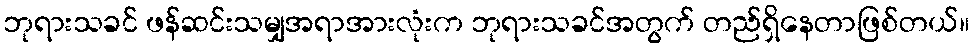
ဘုရားသခင် ဖန်ဆင်းသမျှအရာအားလုံးက ဘုရားသခင်အတွက် တည်ရှိနေတာဖြစ်တယ်။